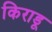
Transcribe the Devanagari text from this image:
किराडू